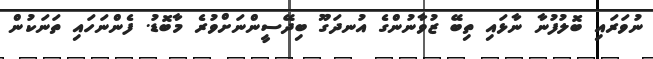
ނުވަރައި ބޮލުފުނާ ނާޅައި ތިބޭ ޒުވާނުންގެ އުނދަގޫ ބިދޭސީންނަށްވުރެ މާބޮޑު. ފެންނަހައި ތަނަކުން